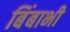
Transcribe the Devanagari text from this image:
बिंबाभी